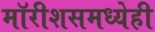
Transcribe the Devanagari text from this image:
मॉरीशसमध्येही